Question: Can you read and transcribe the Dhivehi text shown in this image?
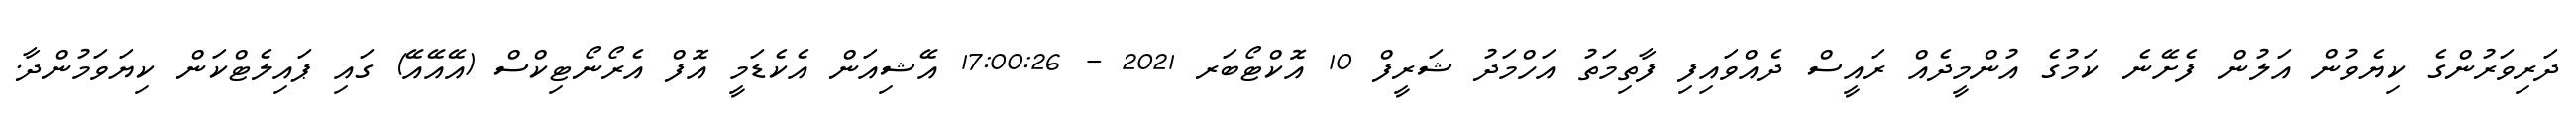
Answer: ދަރިވަރުންގެ ކިޔެވުން އަލުން ފެށޭނެ ކަމުގެ އުންމީދެއް ރައީސް ދެއްވައިފި ފާތިމަތު އަހްމަދު ޝަރީފް 10 އޮކްޓޯބަރ 2021 - 17:00:26 އޭޝިއަން އެކެޑަމީ އޮފް އެރޯނޯޓިކްސް (އޭއޭއޭ) ގައި ޕައިލެޓްކަން ކިޔަވަމުންދާ.